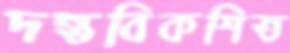
দন্তবিকশিত